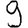
Digit: 9